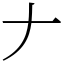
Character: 𠂇